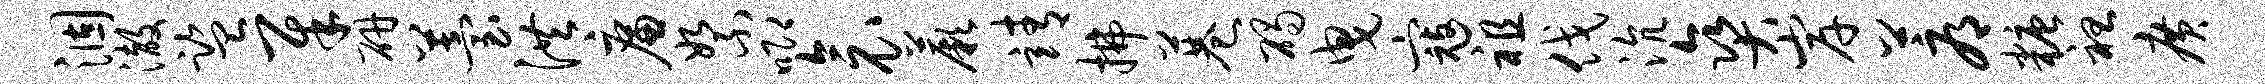
涸澈监犀研苔洪廉絮唧衾蕨靖拂巷碣曳寇祖伐沆爽岸蓐糖袒广